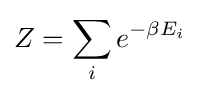
Z=\sum _{i}e^{-\beta E_{i}}